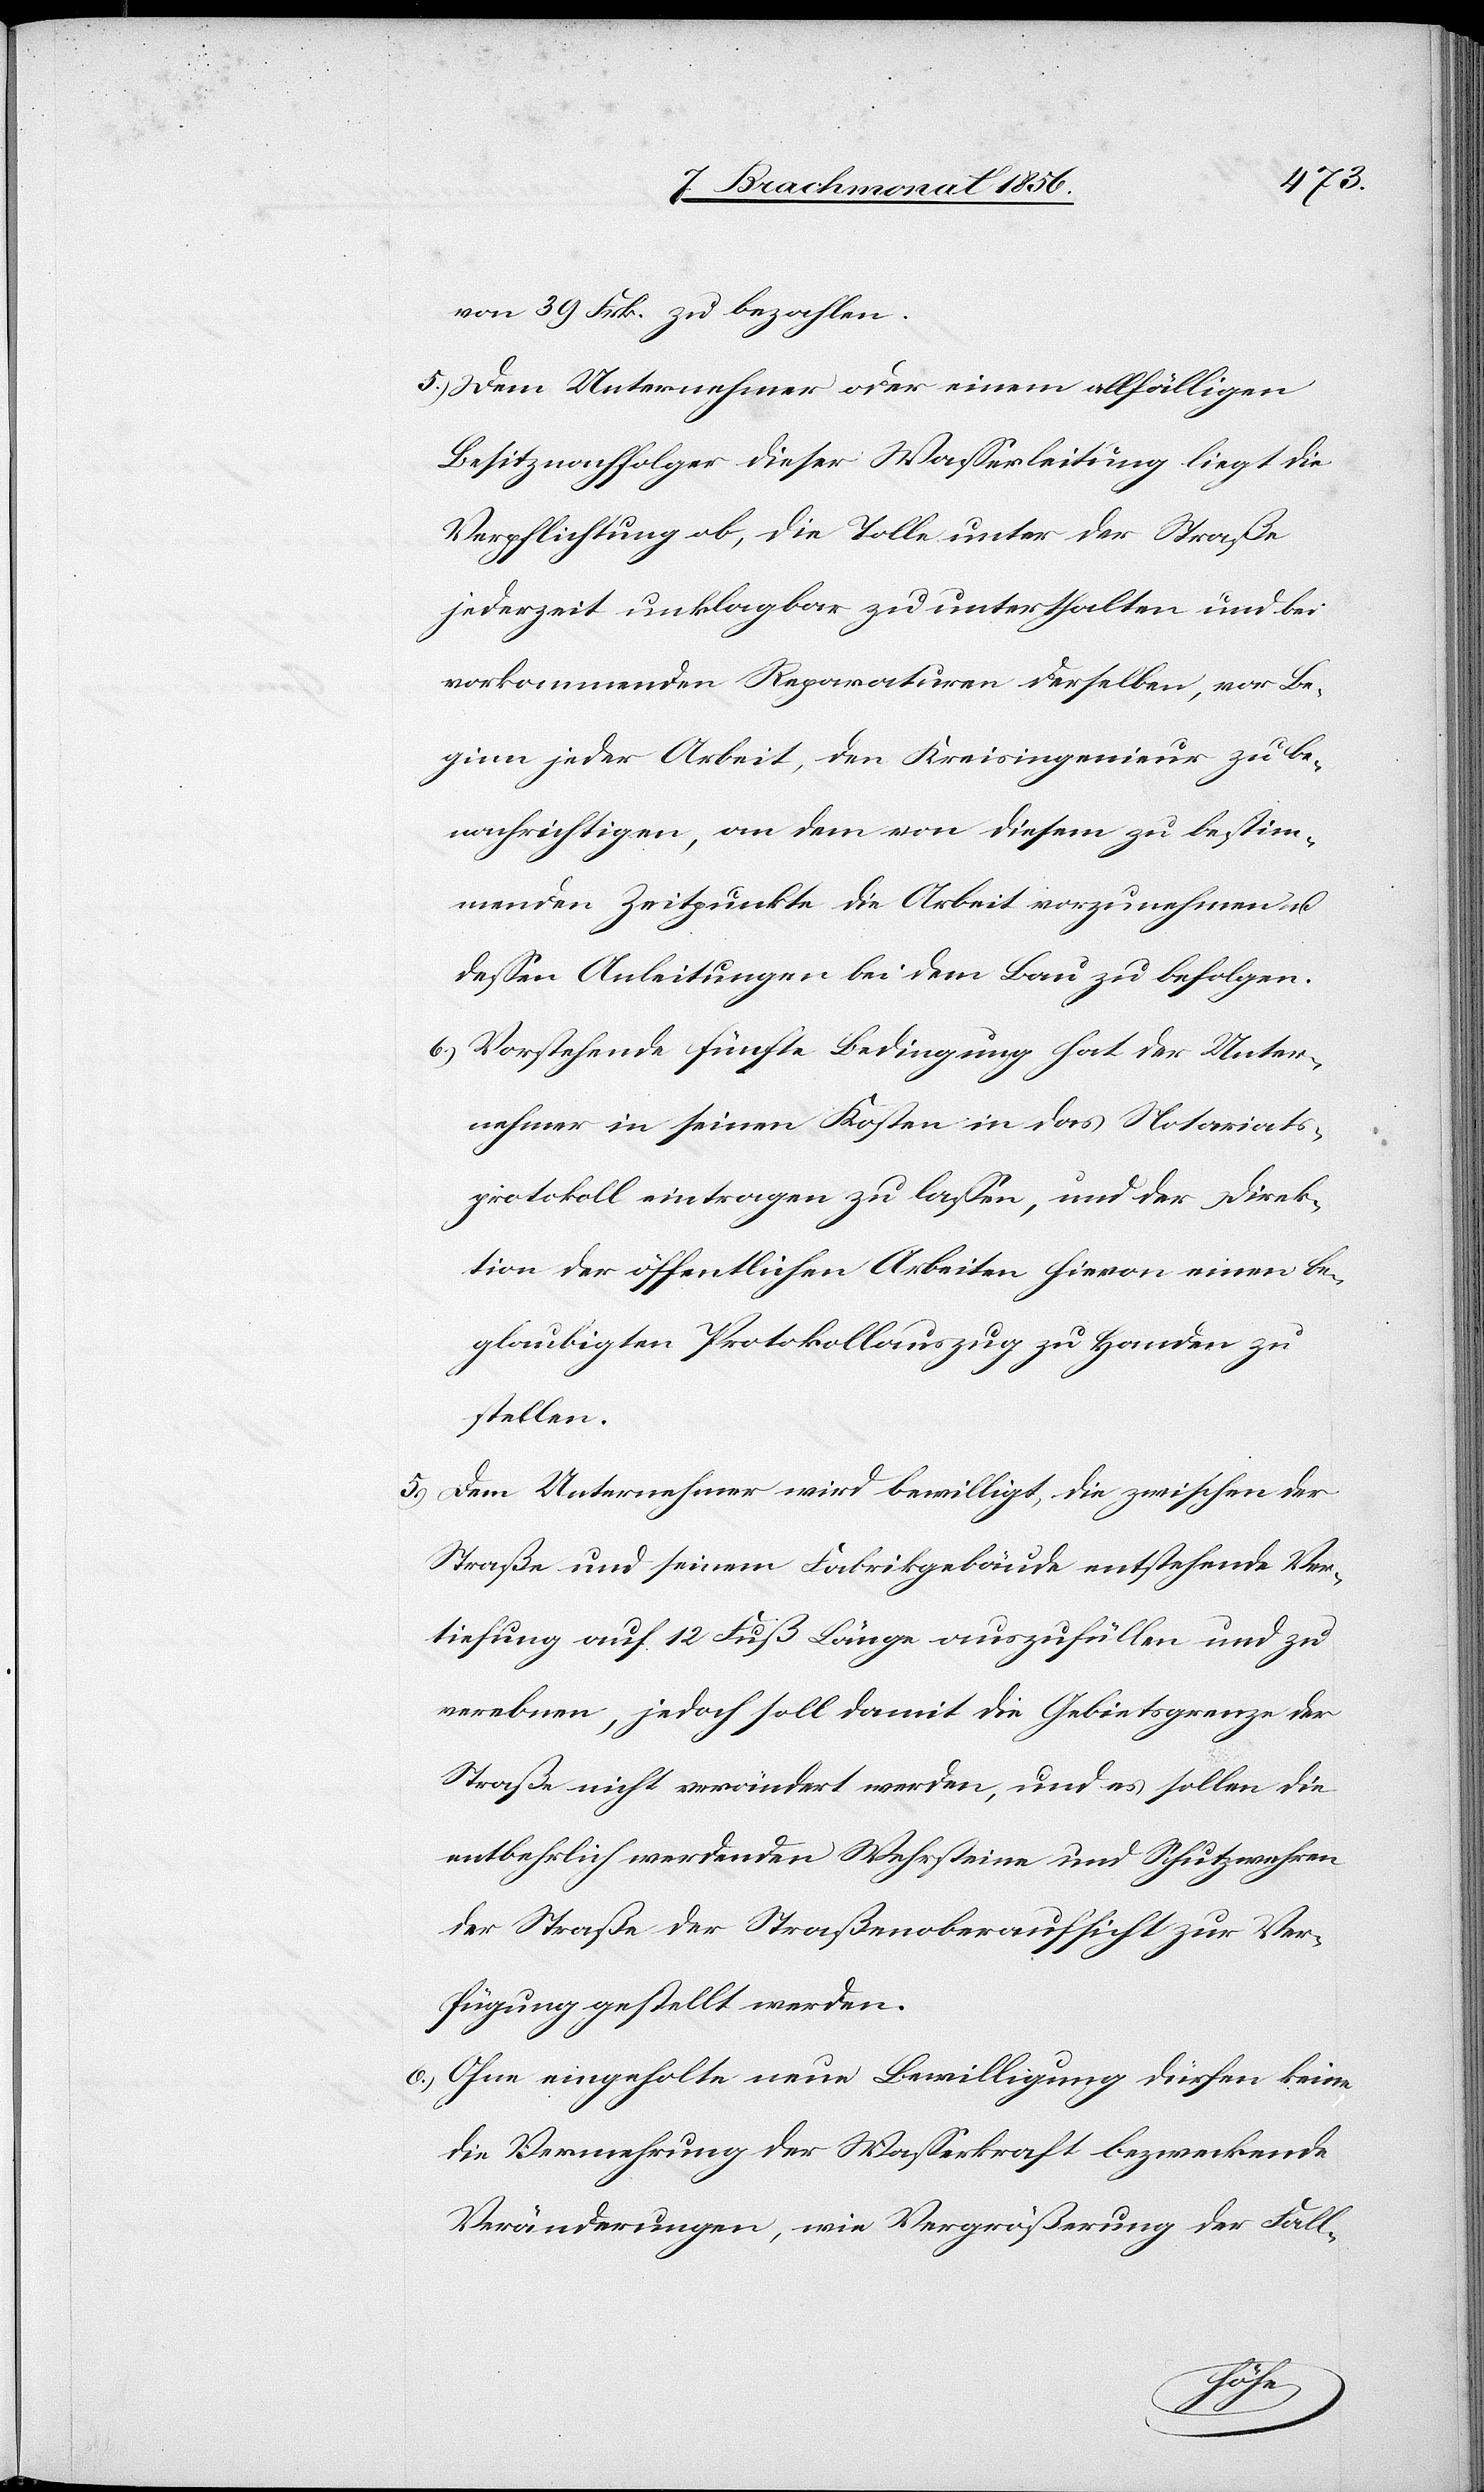
von 39 Frk. zu bezahlen.
5.) Dem Unternehmer oder einem allfälligen
Besitznachfolger dieser Wasserleitung liegt die
Verpflichtung ob, die Tolle unter der Straße
jederzeit unklagbar zu unterhalten und bei
vorkommenden Reparaturen derselben, vor Be¬
ginn jeder Arbeit, den Kreisingenieur zu be¬
nachrichtigen, an dem von diesem zu bestim¬
menden Zeitpunkte die Arbeit vorzunehmen u.
dessen Anleitungen bei dem Bau zu befolgen.
6.) Vorstehende fünfte Bedingung hat der Unter¬
nehmer in seinen Kosten in das Notariats¬
protokoll eintragen zu lassen, und der Direk¬
tion der öffentlichen Arbeiten hievon einen be¬
glaubigten Protokollauszug zu Handen zu
stellen.
5.) Dem Unternehmer wird bewilligt, die zwischen der
Straße und seinem Fabrikgebäude entstehende Ver¬
tiefung auf 12 Fuß Länge auszufüllen und zu
verebnen, jedoch soll damit die Gebietsgrenze der
Straße nicht verändert werden, und es sollen die
entbehrlich werdenden Wehrsteine und Schutzwehren
der Straße der Straßenoberaufsicht zur Ver¬
fügung gestellt werden.
6.) Ohne eingeholte neue Bewilligung dürfen keine
die Vermehrung der Wasserkraft bezweckende
Veränderungen, wie Vergrößerung der Fall-